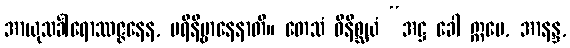
အာယုသင်္ခါရောဿဇ္ဇနေန, ပရိနိဗ္ဗာနေနာတိ။ တေသံ ဝိနိစ္ဆယံ “အဋ္ဌ ခေါ ဣမေ, အာနန္ဒ,